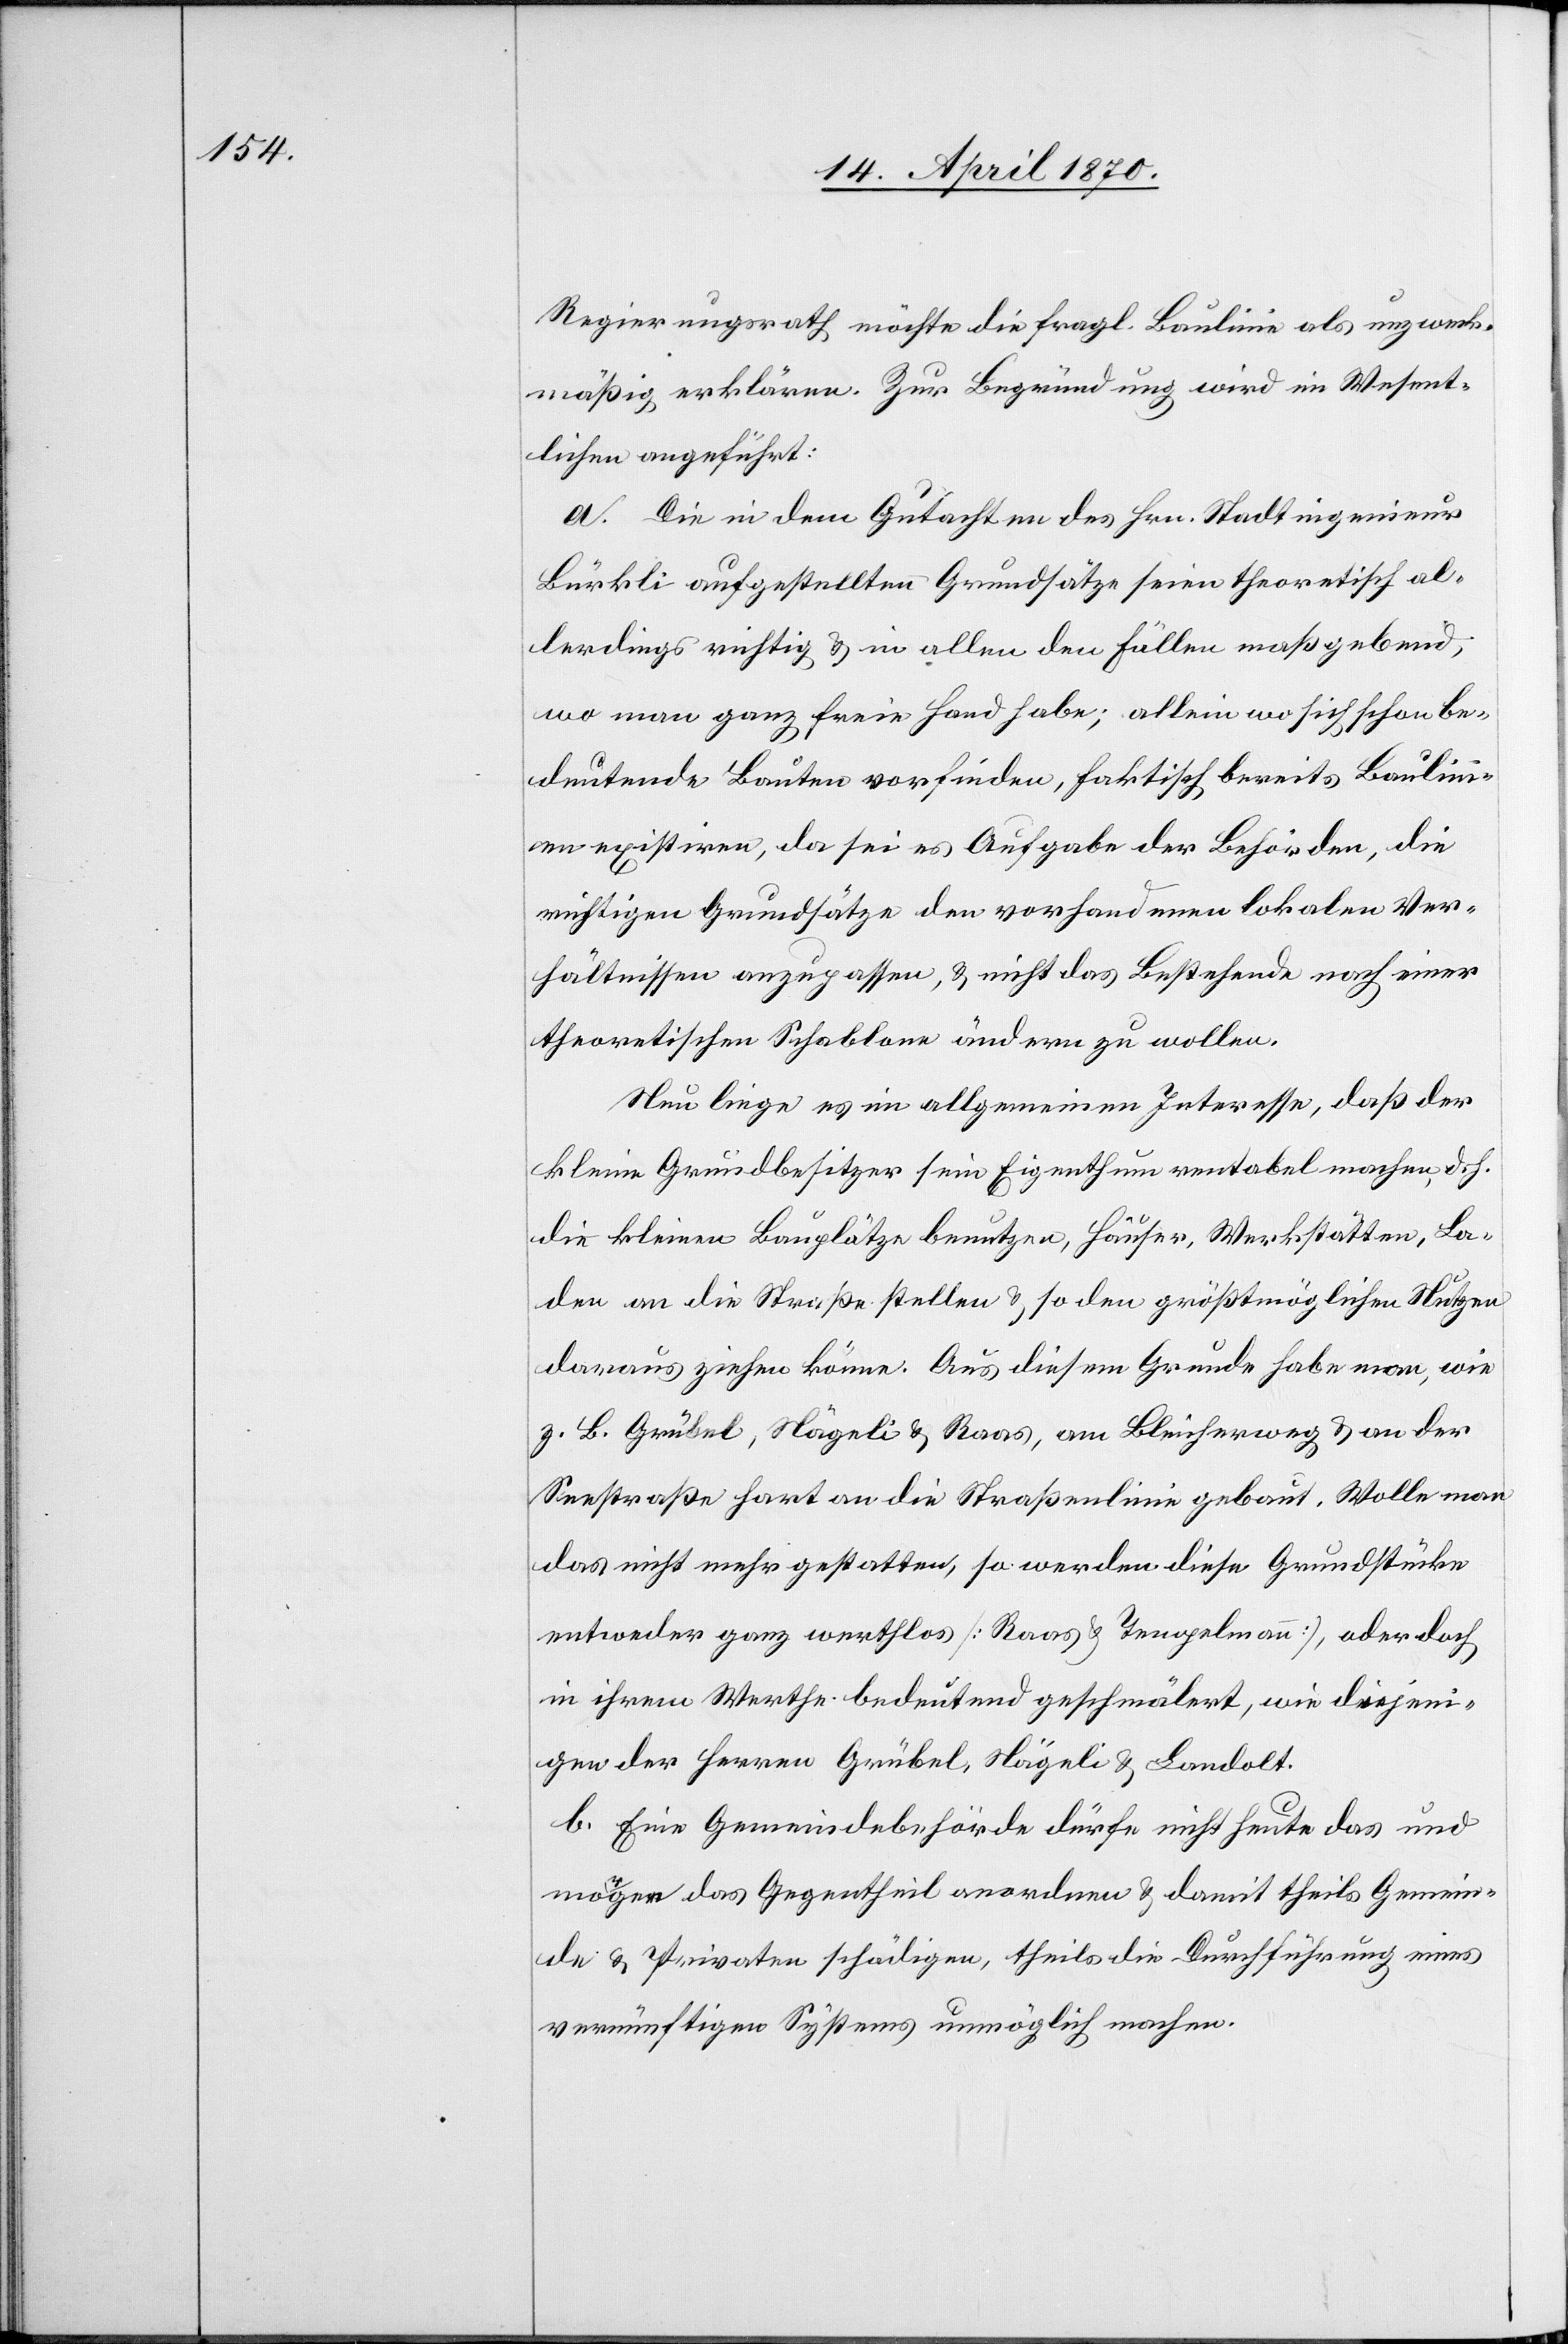
Regierungsrath möchte die fragl. Baulinie als unzweck¬
mäßig erklären. Zur Begründung wird im Wesent¬
lichen angeführt:
a. Die in dem Gutachten des Hrn. Stadtingenieur
Bürkli aufgestellten Grundsätze seien theoretisch al¬
lerdings richtig & in allen den Fällen maßgebend,
wo man ganz freie Hand habe; allein wo sich schon be¬
deutende Bauten vorfinden, faktisch bereits Baulini¬
en existiren, da sei es Aufgabe der Behörden, die
richtigen Grundsätze den vorhandenen lokalen Ver¬
hältnissen anzupassen, & nicht das Bestehende nach einer
theoretischen Schablone ändern zu wollen.
Neu liege es im allgemeinen Interesse, daß der
kleine Grundbesitzer sein Eigenthum rentabel machen, d. h.
die kleinen Bauplätze benutzen, Häuser, Werkstätten, La¬
den an die Straße stellen & so den größtmöglichen Nutzen
daraus ziehen könne. Aus diesem Grunde habe man, wie
z. B. Grübel, Nägeli & Raas, am Bleicherweg & an der
Seestraße hart an die Straßenlinie gebaut. Wolle man
das nicht mehr gestatten, so werden diese Grundstücke
entweder ganz werthlos [Raas & Tempelmann], oder doch
in ihrem Werthe bedeutend geschmälert, wie diejeni¬
gen der Herren Grübel, Nägeli & Landolt.
b. Eine Gemeindebehörde dürfe nicht heute das und
morgen das Gegentheil anordnen & damit theils Gemein¬
de & Privaten [sic!] schädigen, theils die Durchführung eines
vernünftigen Systems unmöglich machen.